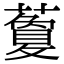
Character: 藑